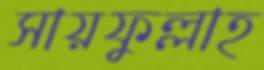
সায়ফুল্লাহ